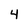
Character: 4